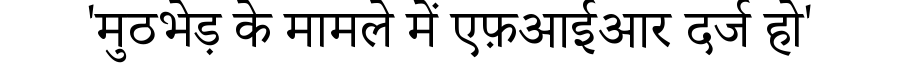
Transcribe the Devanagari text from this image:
'मुठभेड़ के मामले में एफ़आईआर दर्ज हो'